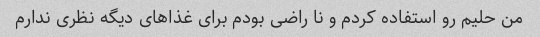
من حلیم رو استفاده کردم و نا راضی بودم برای غذا‌های دیگه نظری ندارم